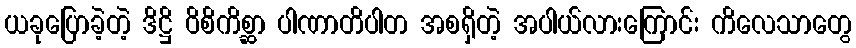
ယခုပြောခဲ့တဲ့ ဒိဋ္ဌိ ဝိစိကိစ္ဆာ ပါဏာတိပါတ အစရှိတဲ့ အပါယ်လားကြောင်း ကိလေသာတွေ